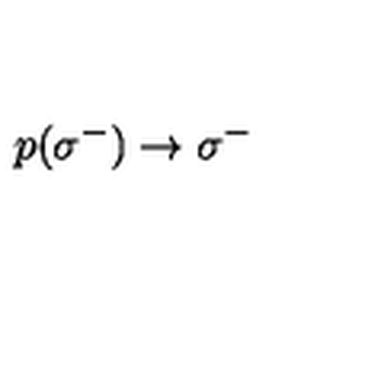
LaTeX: \: p ( \sigma ^ { - } ) \rightarrow \sigma ^ { - } \: